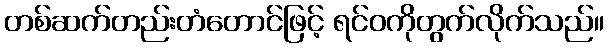
တစ်ဆက်တည်းတံတောင်ဖြင့် ရင်ဝကိုတွက်လိုက်သည်။